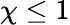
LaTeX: \chi\leq 1